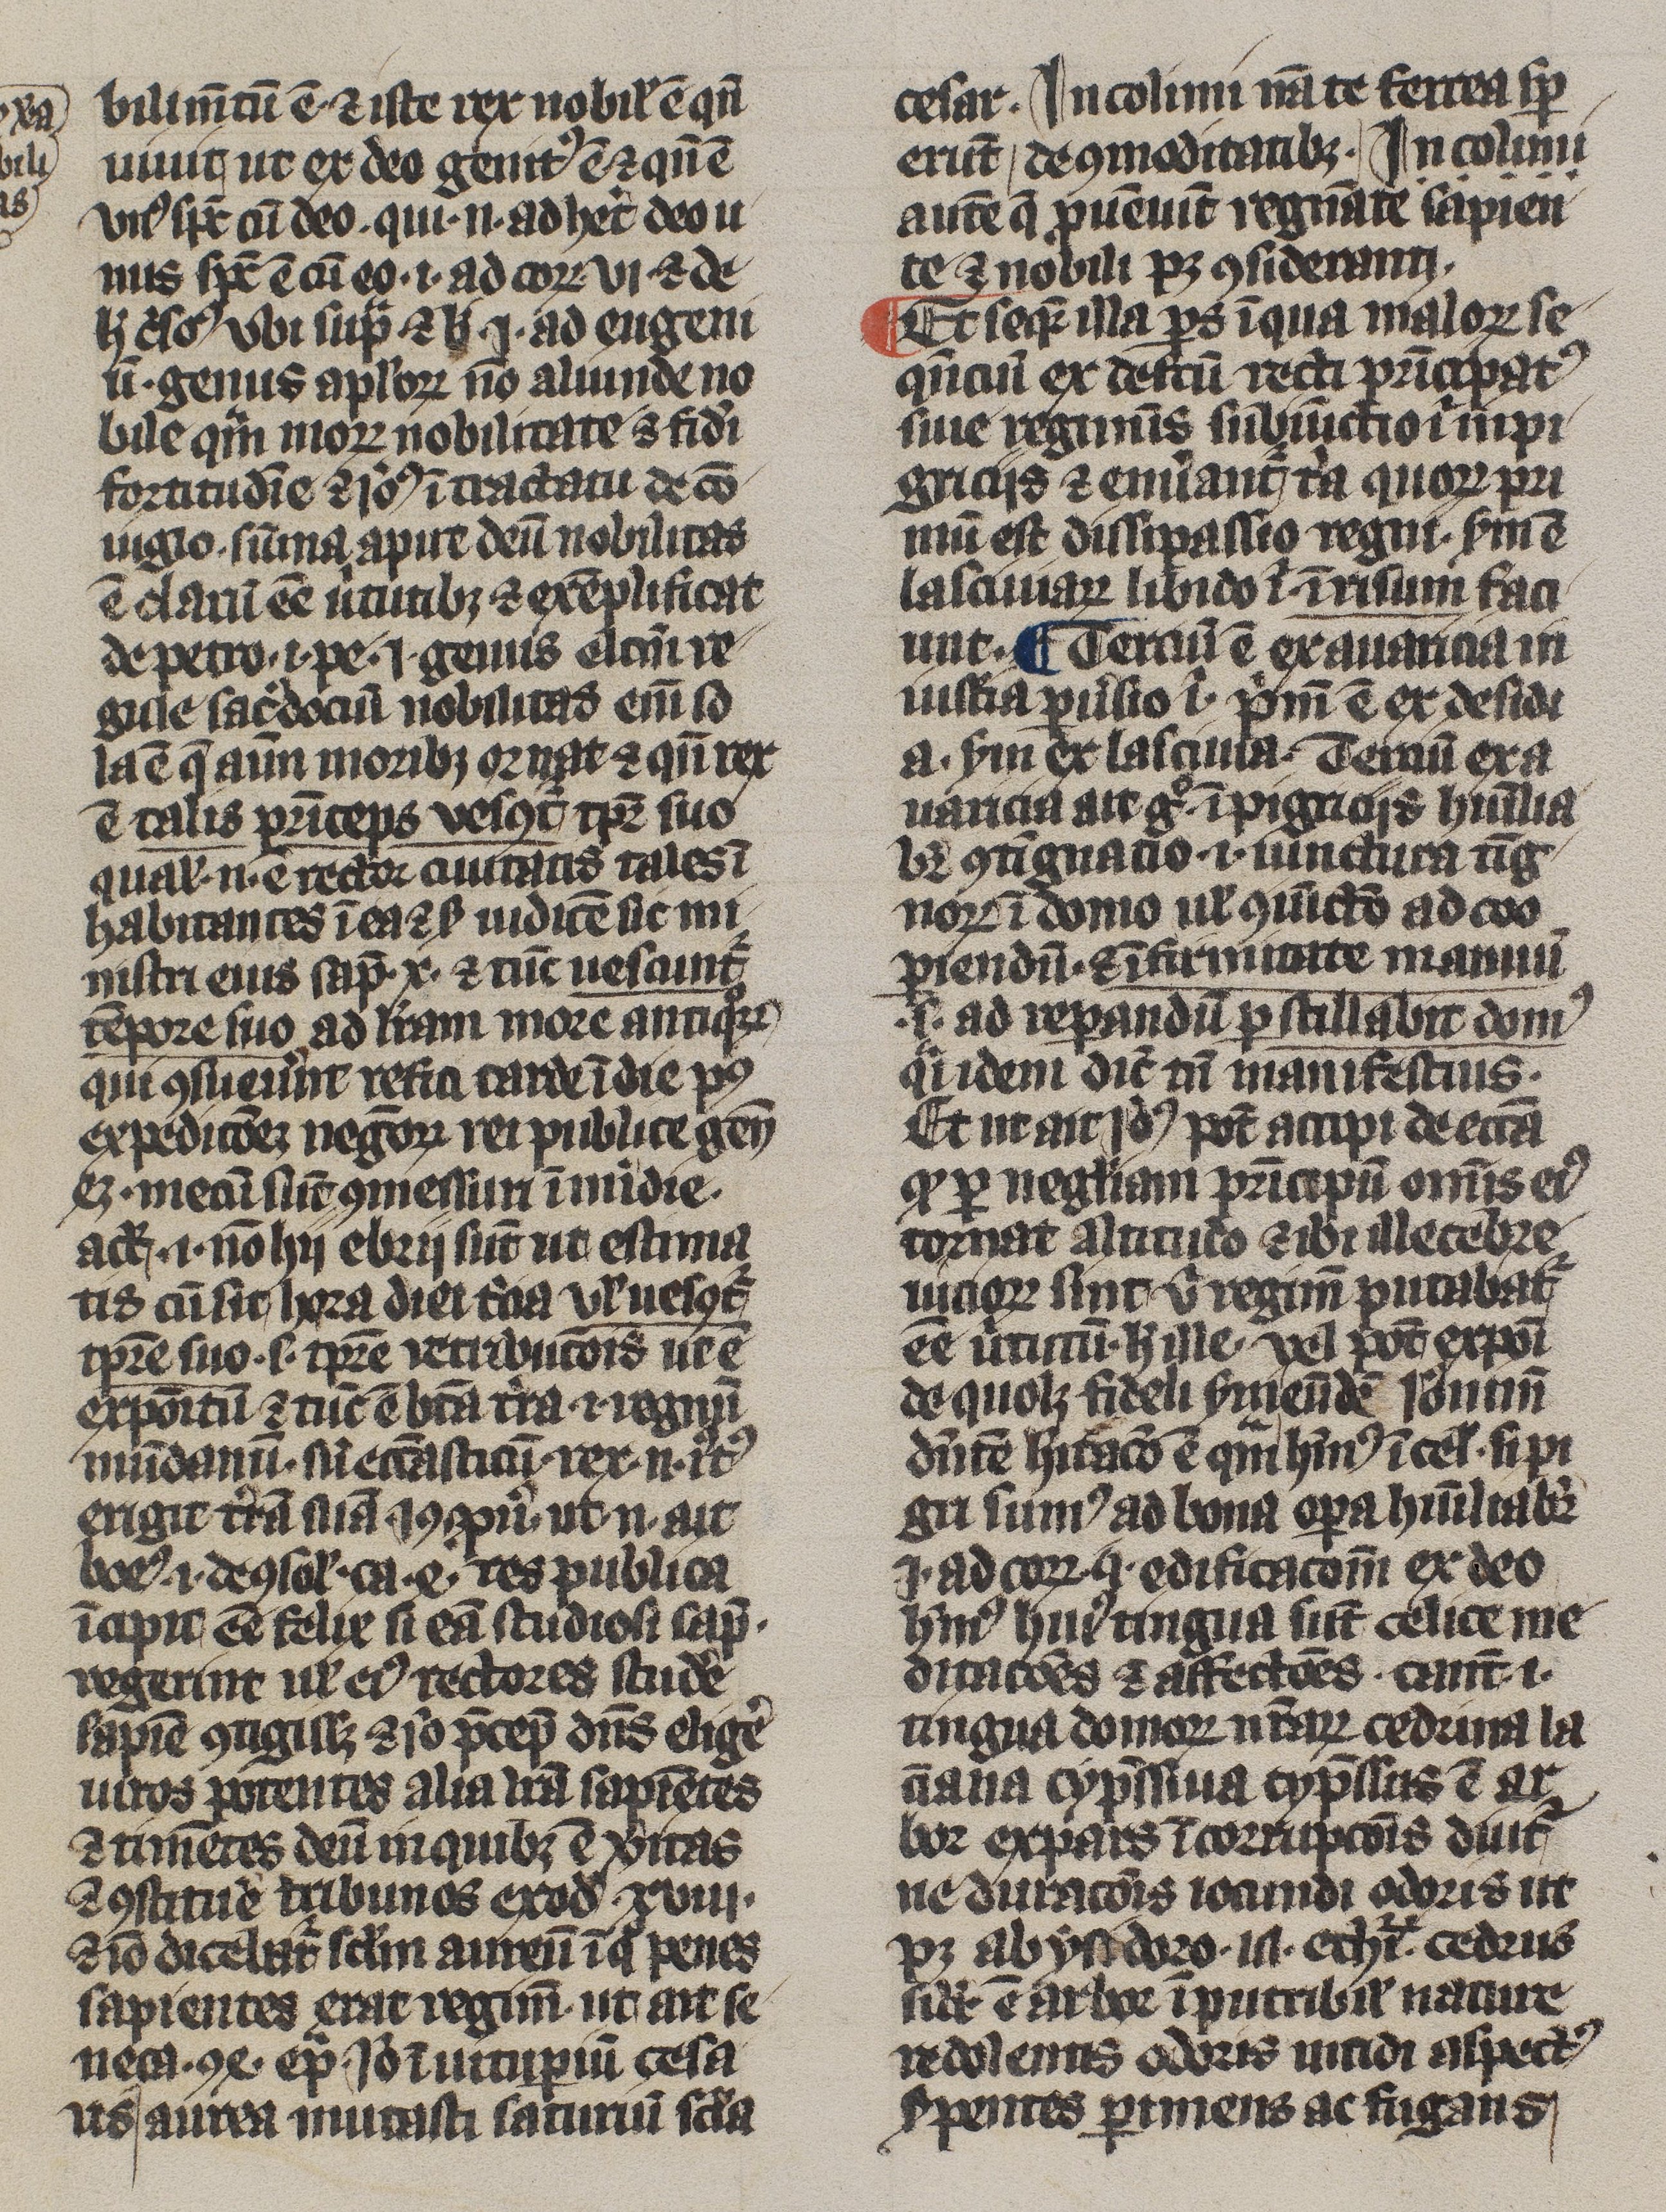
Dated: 1300–1399